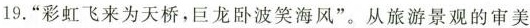
19.“彩虹飞来为天桥，巨龙卧波笑海风”。从旅游景观的审美